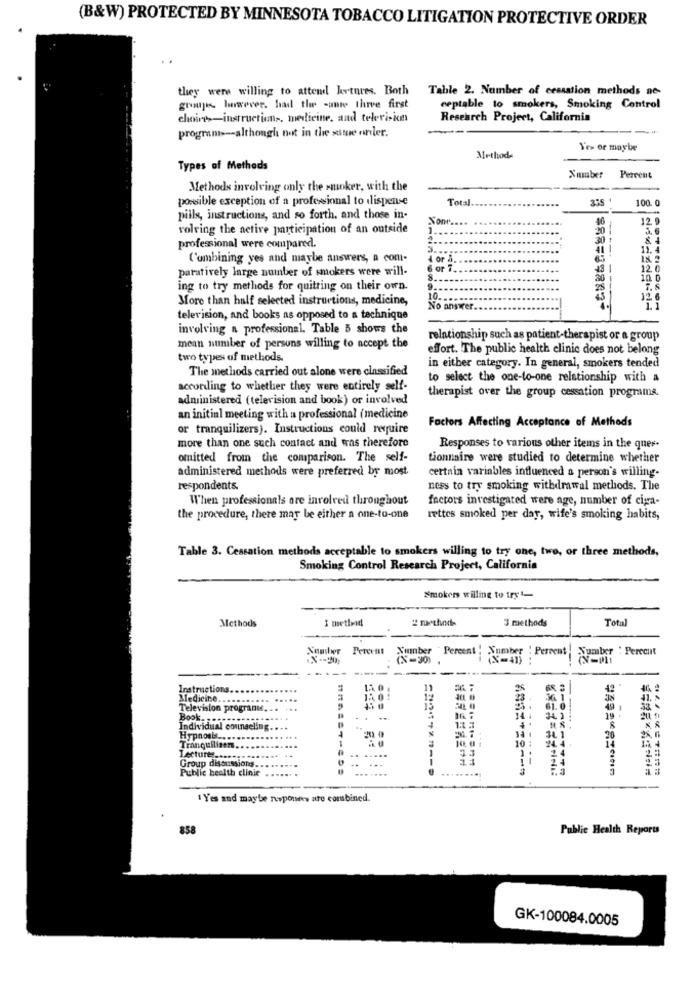
(B&W) PROTECTED BY MINNESOTA TOBACCO LITIGATION PROTECTIVE ORDER
they were willing to attend kvtures. Both
Table 2. Number of cessation methods ne-
goowuje. luarwever. had the -ante three first
ceptable to smokers, Smoking Control
choires-instructions, medicine, and television
Research Project, California
programs-although not in the situe order.
T'es or maybe
Methods
Types of Methods
Xmuber
Perrent
Methods involving only the smoker, with the
possible exception of a professional to dispense
Total
100. 0
pills, instructions, and so forth, and those in-
Sont ...
16
12. 9
rolving the active participation of an outside
..
20
30
professional were compared.
41
11.4
Combining yes and maybe answers, a com-
4 or à.
18.
paratively large number of smokers were will-
6 or 7 ..
12 0
36
10.
ing to try methods for quitting on their own.
28
--
7.8
More than half selected instructions, medicine,
10.
12.6
No answer.
television, and books as opposed to a technique
involving a professional. Table 5 shows the
relationship such as patient-therapist or a group
mean number of persons willing to accept the
effort. The public health clinic does not belong
two types of methods.
The methods carried out alone were classified
in either category. In general, smokers tended
to select the one-to-one relationship with a
according to whether they were entirely self-
administered (television and book) or involved
therapist over the group cessation programs.
an initial meeting with a professional (medicine
Factors Affecting Acceptance of Methods
or tranquilizers). Instructions could require
more than one such contact and was therefore
Responses to various other items in the ques.
omitted from the comparison. The self-
tionnaire were studied to determine whether
administered methods were preferred by most
certain variables influenced a person's willing-
respondents.
ness to try smoking withdrawal methods. The
When professionals ore involved throughout
factors investigated were age, number of cigra-
the procedure, there may be either a one-to-one
rettes smoked per day, wife's smoking habits,
Table 3. Cessation methods acceptable to smokers willing to try one, two, or three methods,
Smoking Control Research Project, California
Smokers willing to try t-
Methods
method
2 method
3 methods
Total
Number
Perertil
Number "Percent : Number ' Perrent | Sumber ' Percent
...
Instructions.
11
Medicine ..
Television progranu ..
12. To
Book. .
Individual counseling.
Hypnosis ...
10. 01
10
...
Tranquilisen
-...
24.
24
2
Lecture.
Group discussions.
-
Public health clinic
....
1 Yes and maybe nuspouses are corusbined.
858
Public Health Reports
GK-100084.0005